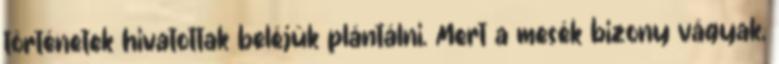
történetek hivatottak beléjük plántálni. Mert a mesék bizony vágyak,